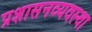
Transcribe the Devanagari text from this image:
प्रशासनव्यवस्था